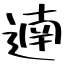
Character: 遖